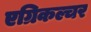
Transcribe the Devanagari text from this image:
एग्रिकल्चर